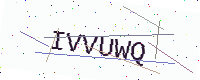
Text: IVVUWQ